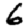
Digit: 6